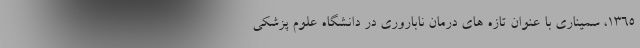
۱۳۶۵، سمیناری با عنوان تازه های درمان ناباروری در دانشگاه علوم پزشکی